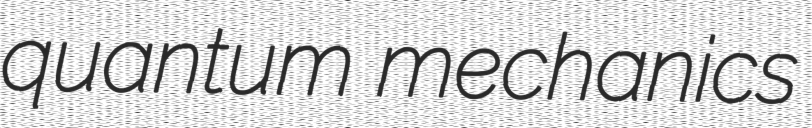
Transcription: quantum mechanics